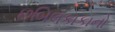
છબિલકાકાનો